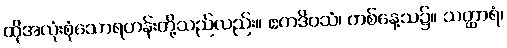
ထိုအလုံးစုံသောရဟန်းတို့သည်လည်း။ ဧကဒိဝသံ၊ တစ်နေ့သ၌။ သတ္ထာရံ၊